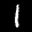
Label: 1